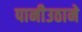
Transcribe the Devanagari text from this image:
पानीउठाने